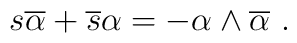
s\overline{\alpha }+\overline{s}\alpha =-\alpha \wedge\overline{\alpha } ~.